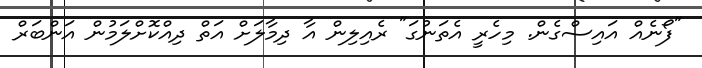
"ފޯނެއް އައިސްގެން. މިހެރީ އެތަނުގަ" ރެއިލިން އާ ދިމާލަށް އަތް ދިއްކޮށްލަމުން އަންބަރް